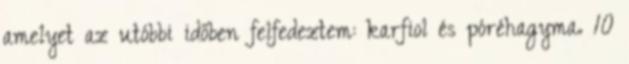
amelyet az utóbbi időben felfedeztem: karfiol és póréhagyma. 10